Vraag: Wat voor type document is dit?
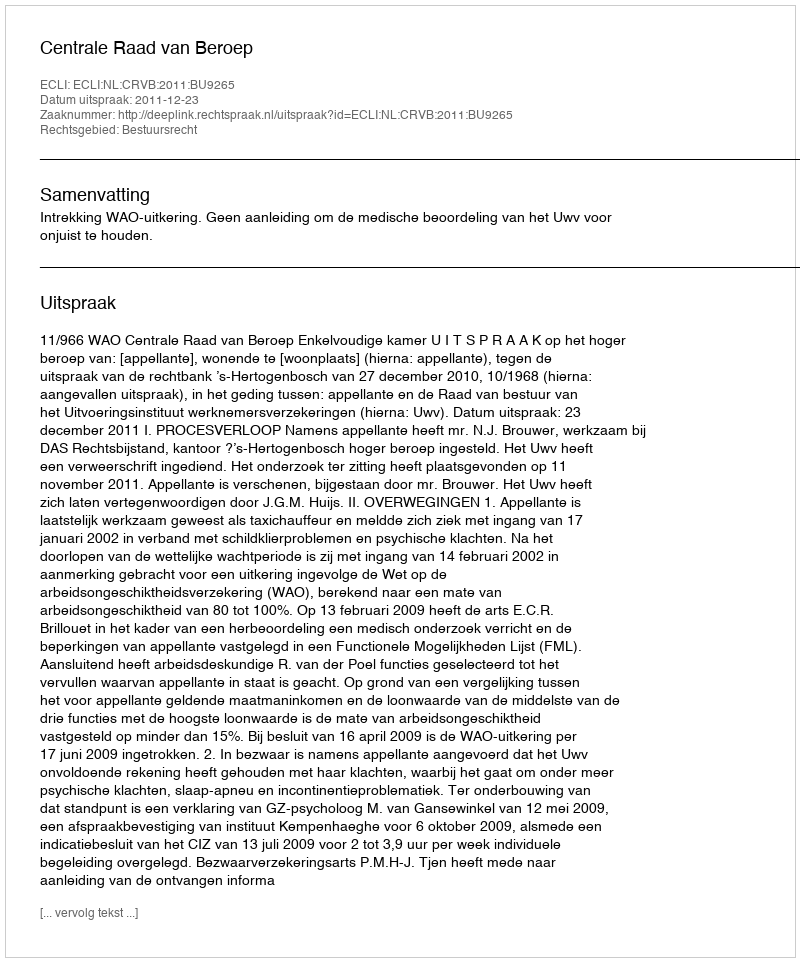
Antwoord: Uitspraak